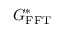
G _ { \mathrm { F F T } } ^ { * }